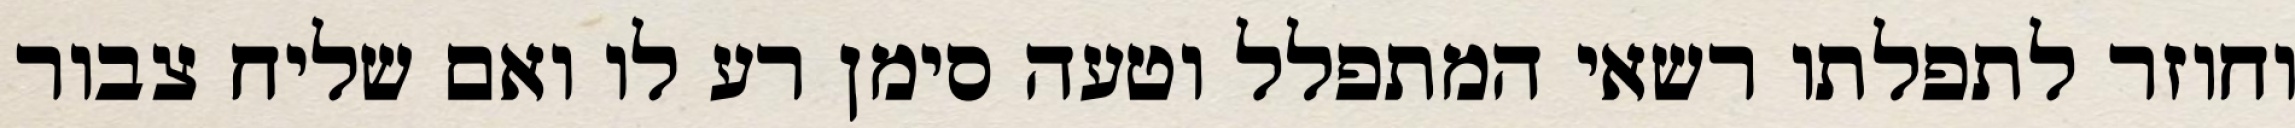
וחוזר לתפלתו רשאי המתפלל וטעה סימן רע לו ואם שליח צבור